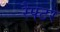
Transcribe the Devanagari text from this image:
रैपटर